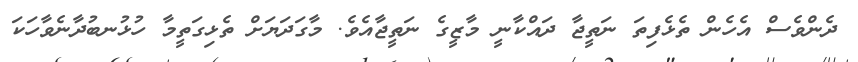
ދެންވެސް އެހެން ތެޅެފިތަ ނަތީޖާ ދައްކާނީ މާޒީގެ ނަތީޖާއެވެ. މާގަދަޔަށް ތެޅިގަތީމާ ހުޅުނބުދާނެވާހަކަ